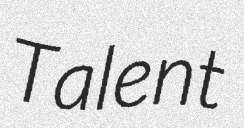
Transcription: Talent